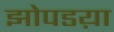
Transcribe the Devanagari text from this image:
झोपडय़ा